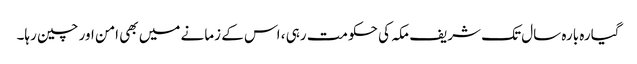
گیارہ بارہ سال تک شریف مکہ کی حکومت رہی ، اس کے زمانے میں بھی امن اور چین رہا۔